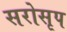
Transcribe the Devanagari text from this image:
सरोसृप